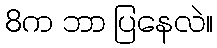
8က ဘာ ပြနေလဲ။